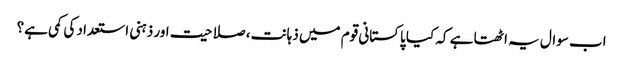
اب سوال یہ اٹھتا ہے کہ کیا پاکستانی قوم میں ذہانت، صلاحیت اور ذہنی استعداد کی کمی ہے؟